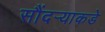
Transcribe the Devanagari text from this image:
सौंदर्‍याकडे